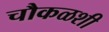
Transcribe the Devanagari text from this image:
चौकळशी